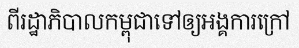
ពីរដ្ឋាភិបាលកម្ពុជាទៅឲ្យអង្គការក្រៅ